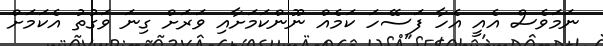
ނަމަވެސް އެއީ އެހާ ފަސޭހަ ކަމެއް ނޫންކަމަށާއި ވަރަށް ގިނަ ވަގުތު އެކަމަށް